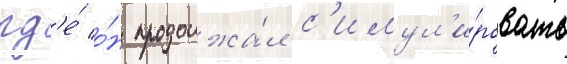
гд'е́ о́н продолжа́л с'имул'и́ровать